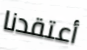
أعتقدنا